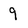
Character: 9